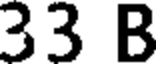
33 B